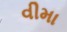
વીમા